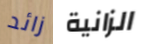
زائد الزانية